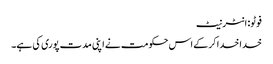
فوٹو: انٹرنیٹ
خدا خدا کرکے اس حکومت نے اپنی مدت پوری کی ہے۔